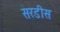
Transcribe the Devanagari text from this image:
सरडीस